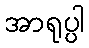
အာရုပ္ပါ